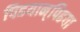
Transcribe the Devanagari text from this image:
पिढयान्‌पिढया